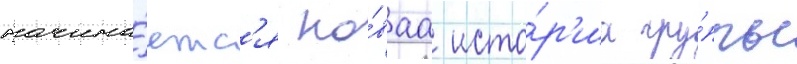
начина́етс'я но́ваа исто́р'иа гру́ппы